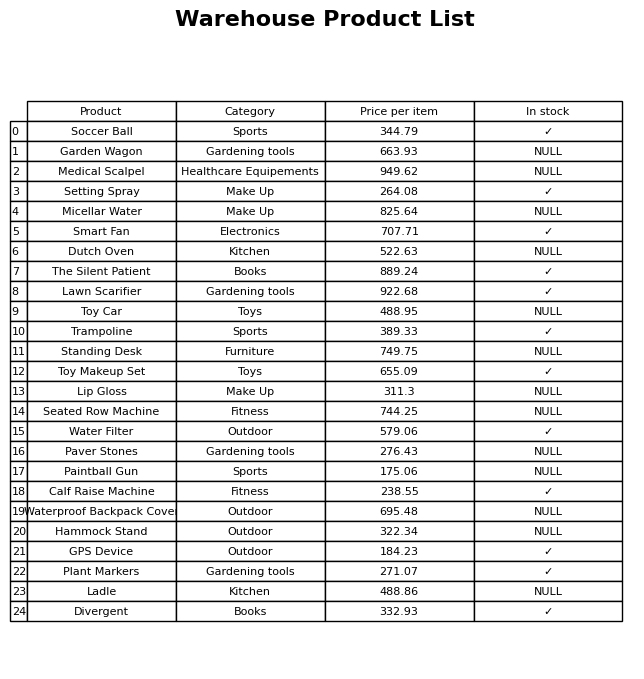
question: What is the price of the Hammock Stand?
answer: The price of Hammock Stand is 322.34.